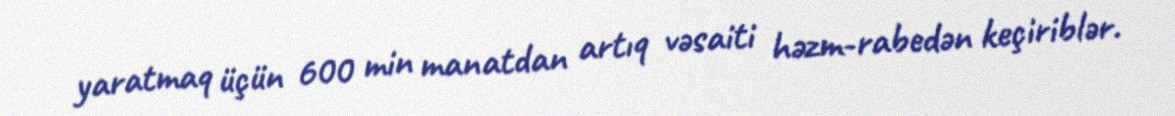
yaratmaq üçün 600 min manatdan artıq vəsaiti həzm-rabedən keçiriblər.